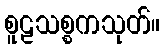
စူဠသစ္စကသုတ်။